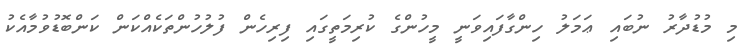
މި މުޑުދާރު ނުބައި ޢަމަލު ހިންގާފައިވަނީ މީހުންގެ ކުރިމަތީގައި ފިރިހެން ފުލުހުންތަކެއްކަން ކަންބޮޑުވުމާއެކު